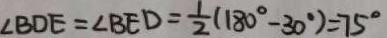
\angle B D E = \angle B E D = \frac { 1 } { 2 } ( 1 8 0 ^ { \circ } - 3 0 ^ { \circ } ) = 7 5 ^ { \circ }